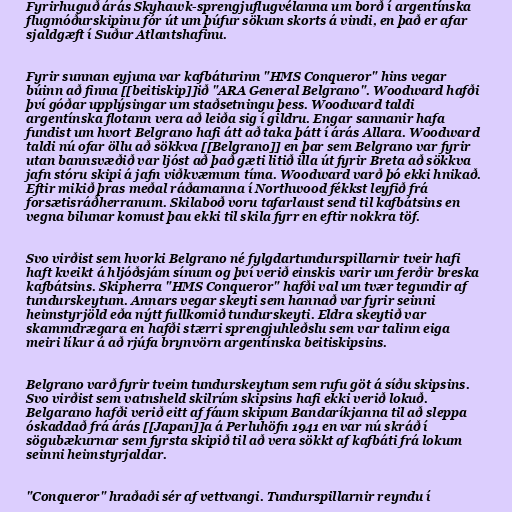
Fyrirhuguð árás Skyhawk-sprengjuflugvélanna um borð í argentínska
flugmóðurskipinu fór út um þúfur sökum skorts á vindi, en það er afar
sjaldgæft í Suður Atlantshafinu.

Fyrir sunnan eyjuna var kafbáturinn "HMS Conqueror" hins vegar
búinn að finna [[beitiskip]]ið "ARA General Belgrano". Woodward hafði
því góðar upplýsingar um staðsetningu þess. Woodward taldi
argentínska flotann vera að leiða sig í gildru. Engar sannanir hafa
fundist um hvort Belgrano hafi átt að taka þátt í árás Allara. Woodward
taldi nú ofar öllu að sökkva [[Belgrano]] en þar sem Belgrano var fyrir
utan bannsvæðið var ljóst að það gæti litið illa út fyrir Breta að sökkva
jafn stóru skipi á jafn viðkvæmum tíma. Woodward varð þó ekki hnikað.
Eftir mikið þras meðal ráðamanna í Northwood fékkst leyfið frá
forsætisráðherranum. Skilaboð voru tafarlaust send til kafbátsins en
vegna bilunar komust þau ekki til skila fyrr en eftir nokkra töf.

Svo virðist sem hvorki Belgrano né fylgdartundurspillarnir tveir hafi
haft kveikt á hljóðsjám sínum og því verið einskis varir um ferðir breska
kafbátsins. Skipherra "HMS Conqueror" hafði val um tvær tegundir af
tundurskeytum. Annars vegar skeyti sem hannað var fyrir seinni
heimstyrjöld eða nýtt fullkomið tundurskeyti. Eldra skeytið var
skammdrægara en hafði stærri sprengjuhleðslu sem var talinn eiga
meiri líkur á að rjúfa brynvörn argentínska beitiskipsins.

Belgrano varð fyrir tveim tundurskeytum sem rufu göt á síðu skipsins.
Svo virðist sem vatnsheld skilrúm skipsins hafi ekki verið lokuð.
Belgarano hafði verið eitt af fáum skipum Bandaríkjanna til að sleppa
óskaddað frá árás [[Japan]]a á Perluhöfn 1941 en var nú skráð í
sögubækurnar sem fyrsta skipið til að vera sökkt af kafbáti frá lokum
seinni heimstyrjaldar.

"Conqueror" hraðaði sér af vettvangi. Tundurspillarnir reyndu í